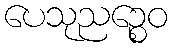
ပေသုညဉ္စေဝ